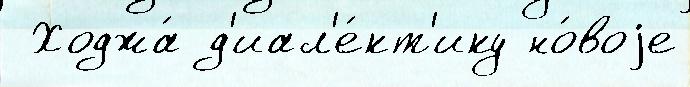
 Ходжа́ д'иал'е́кт'ику но́воjе